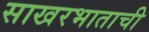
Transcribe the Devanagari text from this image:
साखरभाताची